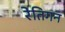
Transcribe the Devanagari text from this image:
रेतिगन